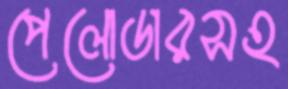
পেলোডারসহ